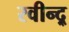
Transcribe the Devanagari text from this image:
रवीन्द्र्